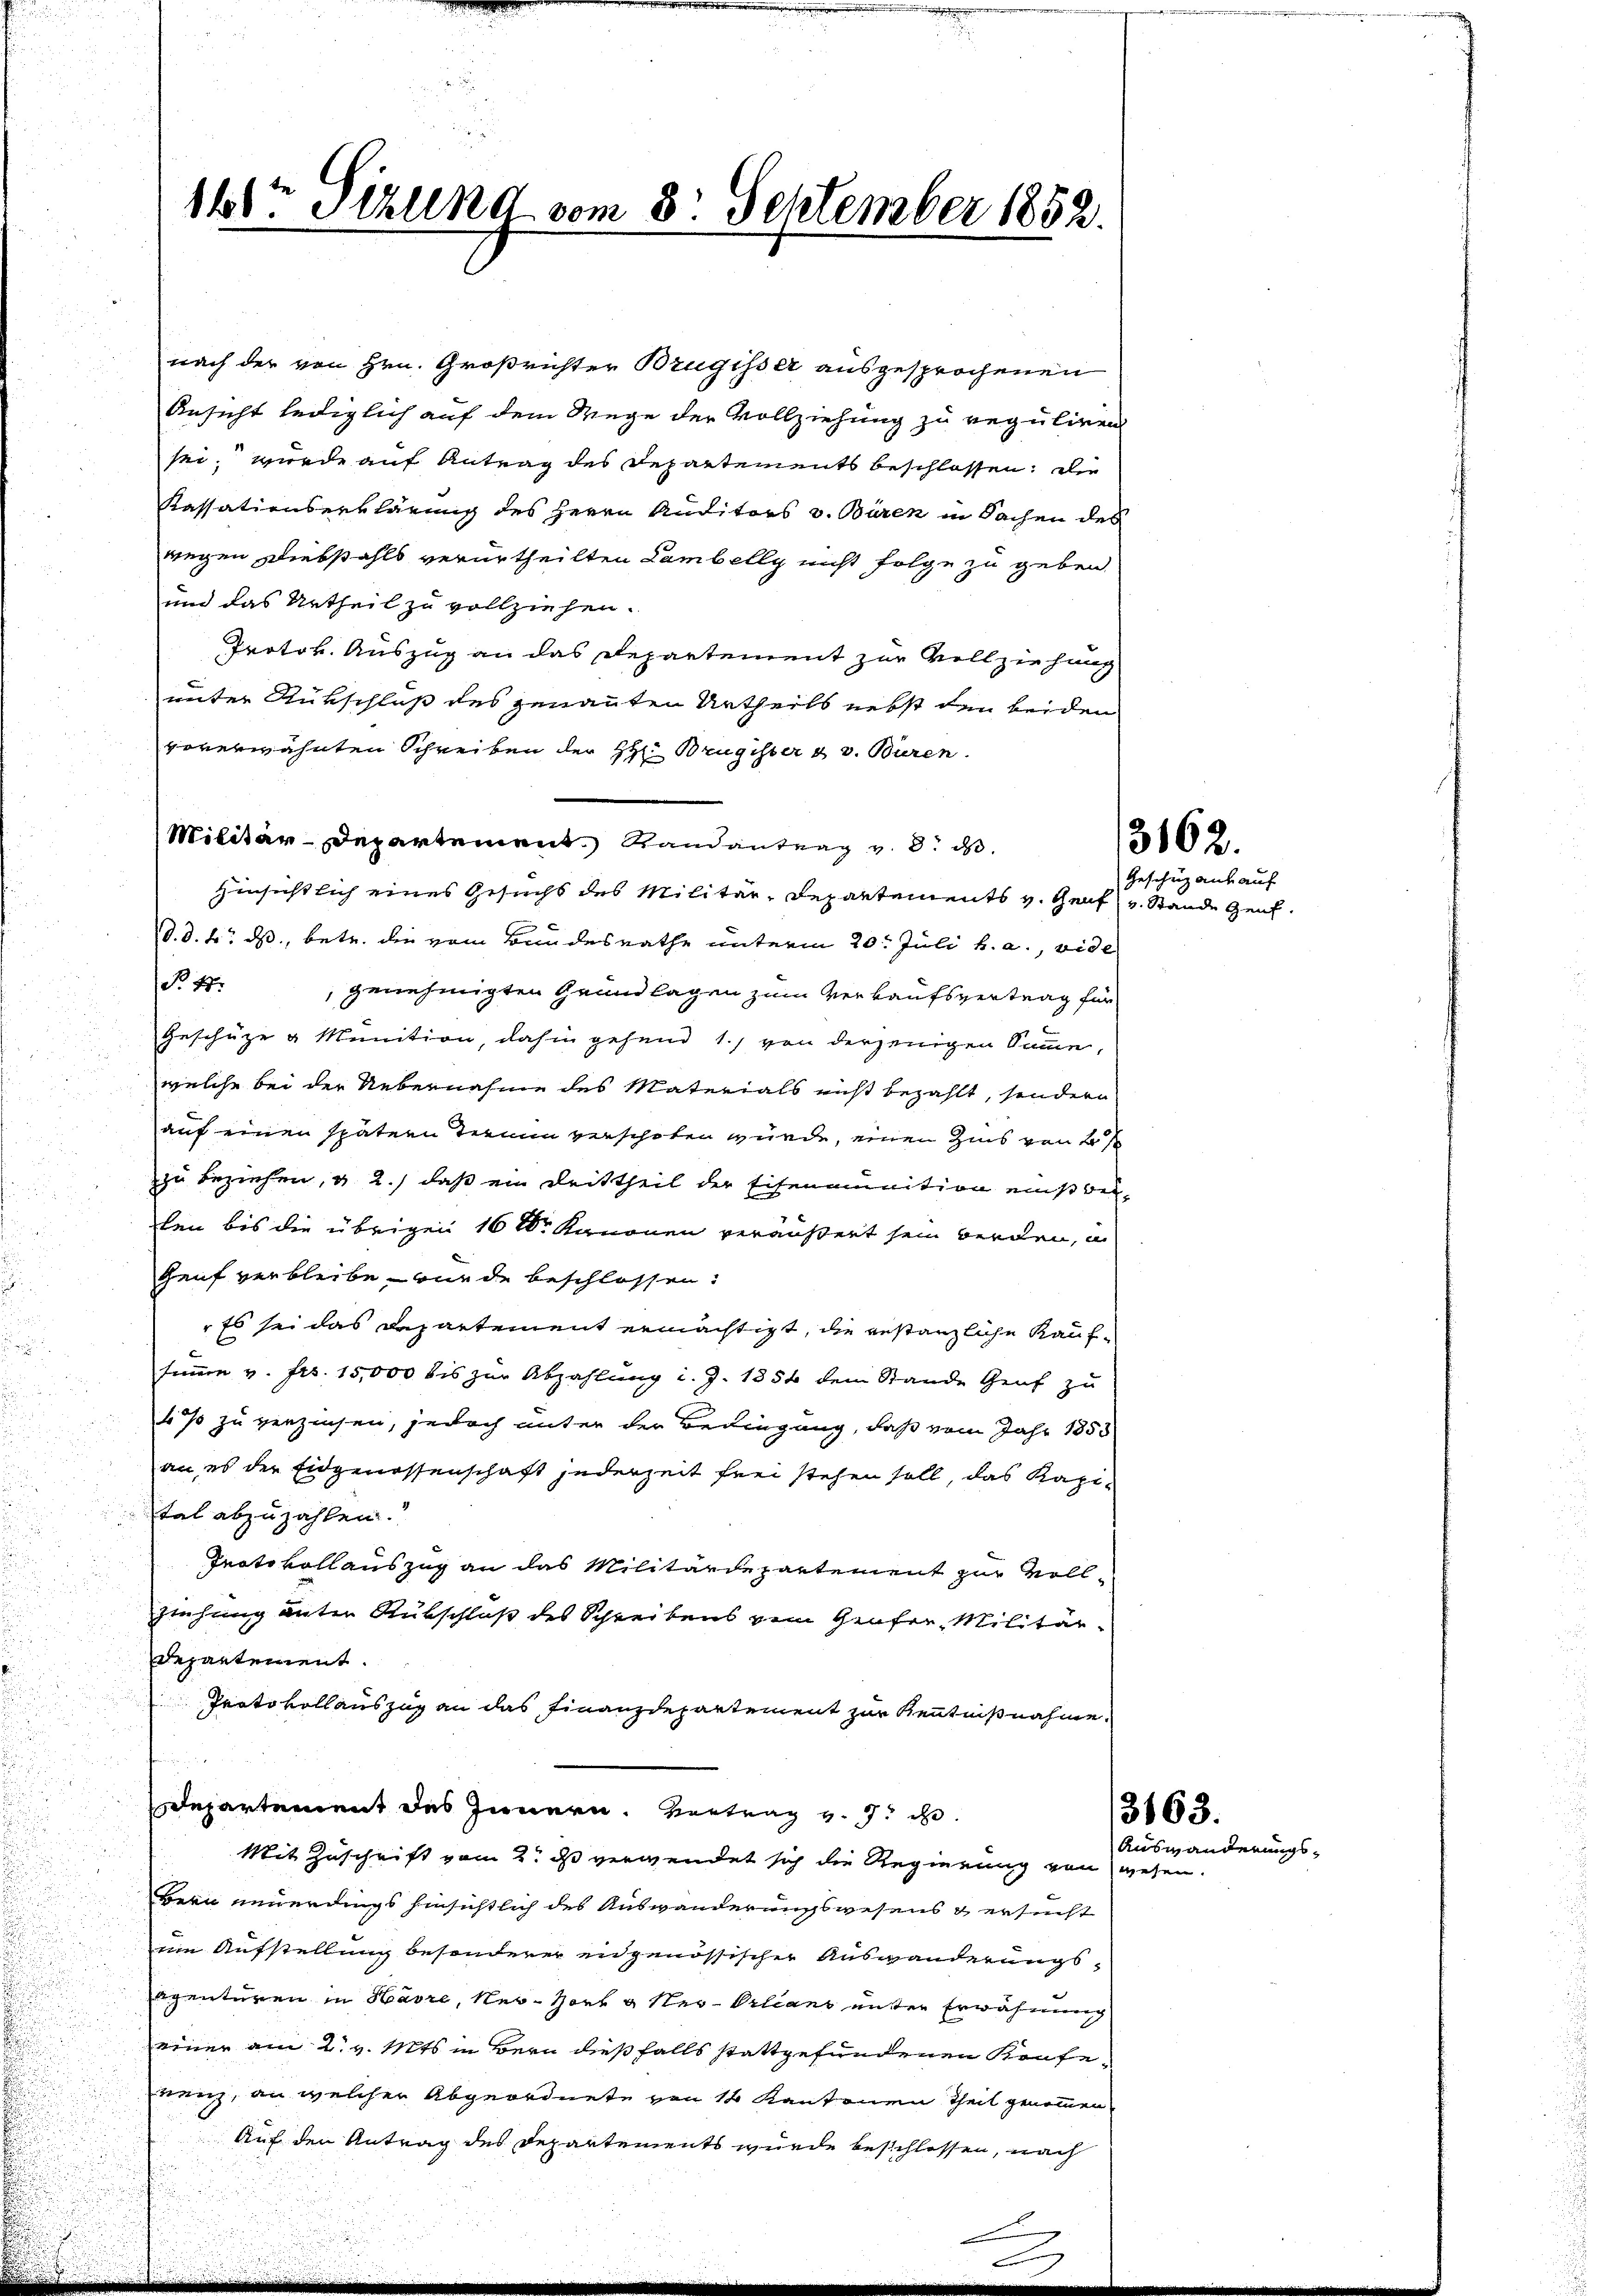
160 Sizung vom 8. September 1852.

nach der von Hrn. Großrichter Brugisser ausgesprochenen
Ansicht lediglich auf dem Wege der Vollziehung zu reguliren
sei, wurde auf Antrag des Departements beschlossen. Die
Kassationserklärung des Herrn Auditors v. Bären in Sachen des
wegen Diebstahls verurtheilten Lambelly nicht folge zu geben.
und das Urtheil zu vollziehen.
Protok. Auszug an das Departement zur Vollziehung
unter Rückschluß des genannten Urtheils nebst den beiden
vorerwähnten Schreiben der H: Brugister & v. Büren
Militär-Departement Randantrag v. 8. ds
Hinsichtlich eines Gesuchs des Militär-Departements v. Genf v. Stande Genf.
d. d. 4. ds., betr. die vom Bundesrathe unterm 20. Juli h. a., vide
P. 47
genehmigten Grundlagen zum Verkaufsvertrag für
Geschüze & Munition, dahin gehend 1., von derjenigen Summe,
welche bei der Uebernahme des Materials nicht bezahlt, sondern
auf einen spätern Termin verschoben wurde, einen Zins von 2/
zu beziehen, u 2.) daß ein Drittheil der Eisenamunition einsbeiten bis die übrigen 16 t. Kanonen veräußert sein werden, u
Genf verbleibe wurde beschlossen.
 Es sei das Departement ermächtigt, die erstanzliche Kauf¬
E
Einem v. Frs. 15,000 bis zur Abzahlung i. Z. 1354 dem Stande Genf zu
4% zu verzinsen, jedoch unter der Bedingung, daß vom Jahr 1853
an, es der Eidgenossenschaft jederzeit frei stehen soll, das Kapital abzuzahlen.
Protokoll auszug an das Militärdepartement zur Vollziehung unter Subschloß des Schreibens dem Grafer Militärdepartement.
Protokollauszug an das Finanzdepartement zur Kenntnißnahme.
Departement des Innern. Vertrag v. J. ih
Mit Zuschrift vom 2. ds verwendet sich die Regierung von wesen.
Bern neuerdings hinsichtlich des Auswanderungswesens & ersucht
im Aufstellung besonderer eidgenössischer Auswanderungsagenturen in Havre, Ner-Horb & Neu-Orleans unter Erwähnung
einer am 2. v. Mts. in Bern dießfalls stattgefundenen Kaufe
renz, an welcher Abgeordnete von 14 Kantonen Theil genommen,
Auf den Antrag des Departements wurde beschlossen, nach

3162.
Geschuz aus auf

3163.
Auswanderungs¬